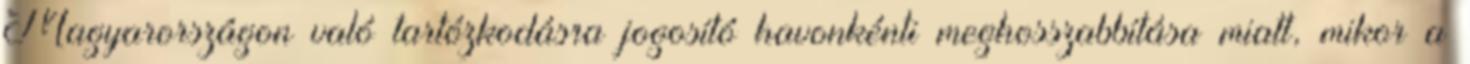
Magyarországon való tartózkodásra jogosító havonkénti meghosszabbítása miatt, mikor a